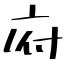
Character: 府